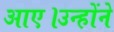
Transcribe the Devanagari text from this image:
आए।उन्होंने